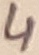
Text: 4